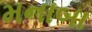
મનાબા